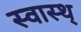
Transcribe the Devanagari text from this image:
स्वास्थ्